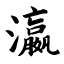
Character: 瀛